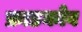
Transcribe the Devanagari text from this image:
फ्राडकोव